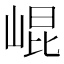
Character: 崐